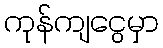
ကုန်ကျငွေမှာ